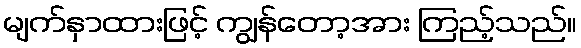
မျက်နှာထားဖြင့် ကျွန်တော့အား ကြည့်သည်။